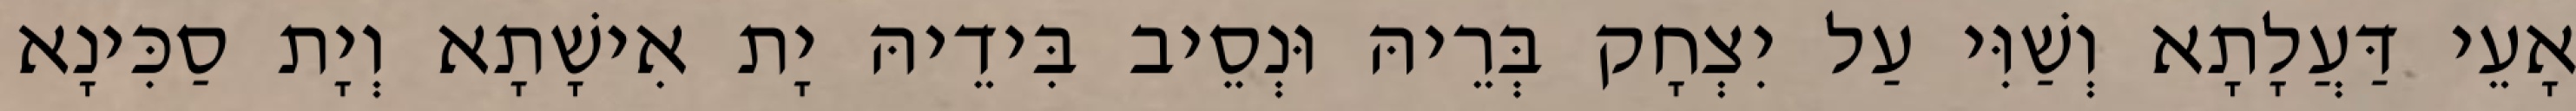
אָעֵי דַּעֲלָתָא וְשַׁוִּי עַל יִצְחָק בְּרֵיהּ וּנְסֵיב בִּידֵיהּ יָת אִישָׁתָא וְיָת סַכִּינָא